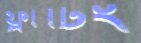
ফ্লার্টিং